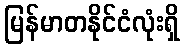
မြန်မာတနိုင်ငံလုံးရှိ